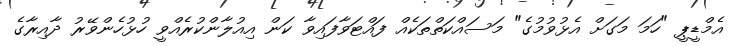
އެމްޑީޕީ "ހަމަ މަަގަށް އެޅުވުމުގެ" މަސައްކަތްތަކެއް ފައްޓަވާފައިވާ ކަން އިއުލާންކުރެއްވީ ހުޅުހެންވޭރު ދާއިރާގެ